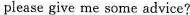
please give me some advice?